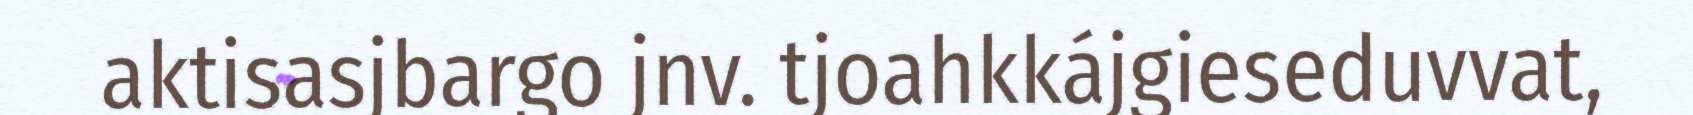
aktisasjbargo jnv. tjoahkkájgieseduvvat,